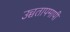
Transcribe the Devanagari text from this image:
उच्चतापमापी